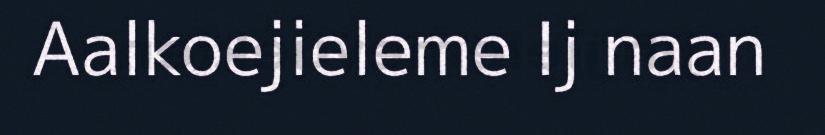
Aalkoejieleme Ij naan